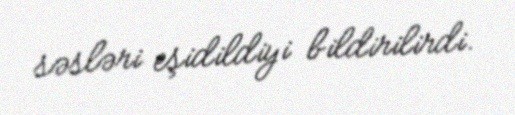
səsləri eşidildiyi bildirilirdi.